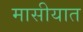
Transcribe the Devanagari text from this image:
मासीयात